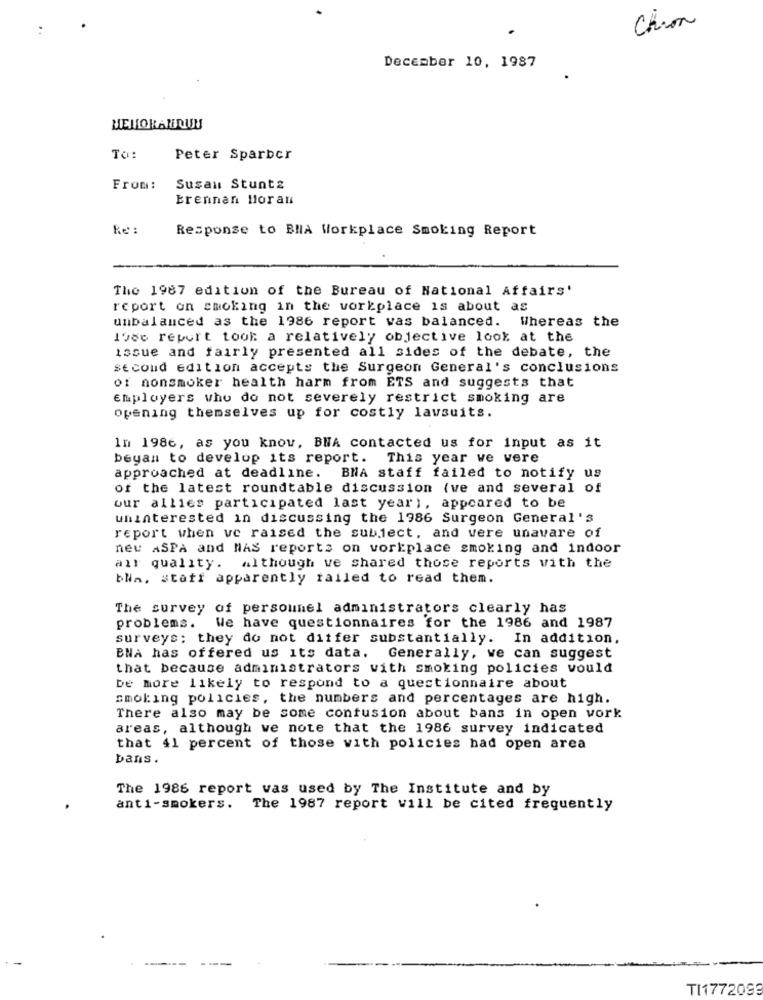
Chion
December 10, 1987
MEMORANDIS
TO:
Peter Sparber
From:
Susan Stunts
Brennan Horan
Re :
Response to BNA Workplace Smoking Report
The 1987 edition of the Bureau of National Affairs'
report on smoking in the vorkplace is about as
unbalanced as the 1986 report was balanced. Whereas the
I'vee report took a relatively objective look at the
issue and fairly presented all sides of the debate, the
second edition accepts the Surgeon General's conclusions
of nonsmoker health harm from ETS and suggests that
Employers who do not severely restrict smoking are
opening themselves up for costly lavsuits.
In 1986, as you know, BNA contacted us for input as it
beyan to develop its report. This year ve vere
approached at deadline. BNA staff failed to notify us
of the latest roundtable discussion (ve and several of
our allies participated last year), appeared to be
uninterested in discussing the 1986 Surgeon General's
report when ve raised the subject, and vere unavare of
neu ASPA and NAS reports on vorkplace smoking and indoor
air quality. although we shared those reports vith the
bla. staff apparently tailed to read them.
The survey of persounel administrators clearly has
problems. We have questionnaires for the 1986 and 1987
surveys; they do not differ substantially. In addition.
BNA has offered us its data. Generally, we can suggest
that because administrators with smoking policies vould
be more likely to respond to a questionnaire about
smoking policies, the numbers and percentages are high.
There also may be some confusion about bans in open vork
areas, although we note that the 1986 survey indicated
that 41 percent of those with policies had open area
Dans.
The 1986 report was used by The Institute and by
anti-smokers.
The 1987 report will be cited frequently
TI1772099